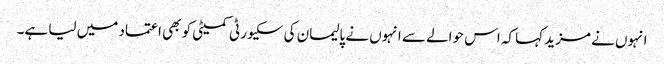
انہوں نے مزید کہا کہ اس حوالے سے انہوں نے پالیمان کی سکیورٹی کمیٹی کو بھی اعتماد میں لیا ہے۔